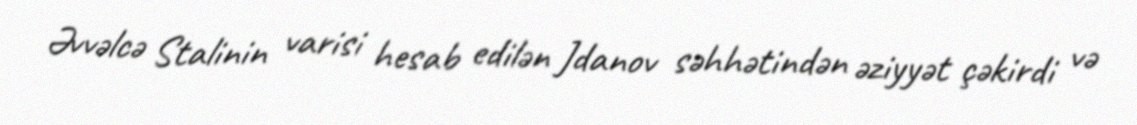
Əvvəlcə Stalinin varisi hesab edilən Jdanov səhhətindən əziyyət çəkirdi və